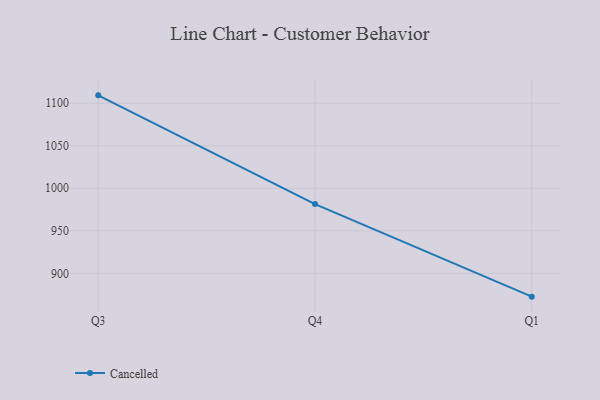
{"axis": {"x": "Quarter", "y": "Inventory Turnover"}, "legend": ["Cancelled"], "data": [{"x": "Q3", "y": 1109.2, "type": "Cancelled"}, {"x": "Q4", "y": 981.4, "type": "Cancelled"}, {"x": "Q1", "y": 872.6, "type": "Cancelled"}]}